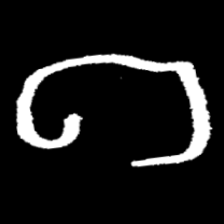
Pyu character \u2014 Myanmar letter: ဂ (romanized: ga)